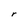
Character: r